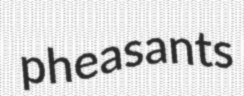
pheasants